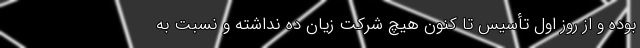
بوده و از روز اول تأسیس تا کنون هیچ شرکت زیان ده نداشته و نسبت به